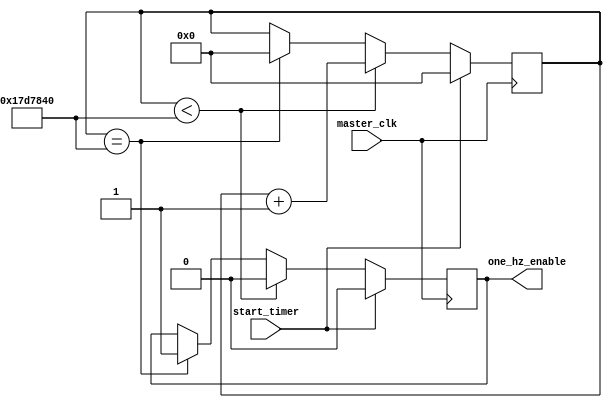
`timescale 1ns / 1ps
//////////////////////////////////////////////////////////////////////////////////
// Company: 
// Engineer: 
// 
// Design Name: 
// Module Name: divider
// Project Name: 
// Target Devices: 
// Tool Versions: 
// Description: 
// 
// Dependencies: 
// 
// Revision:
// Revision 0.01 - File Created
// Additional Comments:
// 
//////////////////////////////////////////////////////////////////////////////////


module divider(
    input master_clk, start_timer,
    output one_hz_enable
    );
    reg [24:0] counter = 0;
    reg enable;
    assign one_hz_enable = enable;
    //need 25 bit counter for 25 million
    always @(posedge master_clk) begin 
        if (start_timer) begin
            counter <= 0;
            enable <= 0;
        end else if (counter < 25000000 )begin
            counter <= counter +1;
            enable <= 0;           
        end else if (counter == 25000000) begin
            counter <= 0;
            enable <= 1;            
        end 
        
    end
endmodule